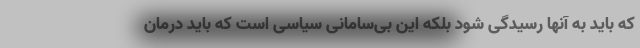
که باید به آنها رسیدگی شود بلکه این بی‌سامانی سیاسی است که باید درمان